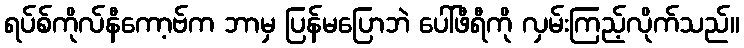
ရပ်စ်ကိုလ်နီကော့ဗ်က ဘာမှ ပြန်မပြောဘဲ ပေါ်ဖီရီကို လှမ်းကြည့်လိုက်သည်။